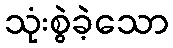
သုံးစွဲခဲ့သော